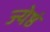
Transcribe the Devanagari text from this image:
ज्येष्ठं